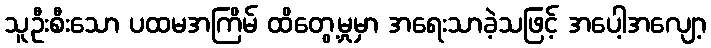
သူဦးစီးသော ပထမအကြိမ် ထိတွေ့မှုမှာ အရေးသာခဲ့သဖြင့် အပေါ့အလျော့